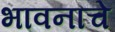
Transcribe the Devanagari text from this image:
भावनाचे